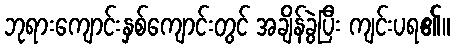
ဘုရားကျောင်းနှစ်ကျောင်းတွင် အချိန်ခွဲပြီး ကျင်းပရ၏။